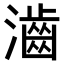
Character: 𤁧